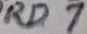
Text: RD7